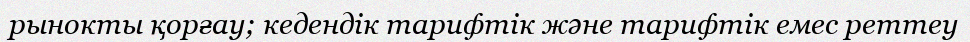
рынокты қорғау; кедендік тарифтік және тарифтік емес реттеу